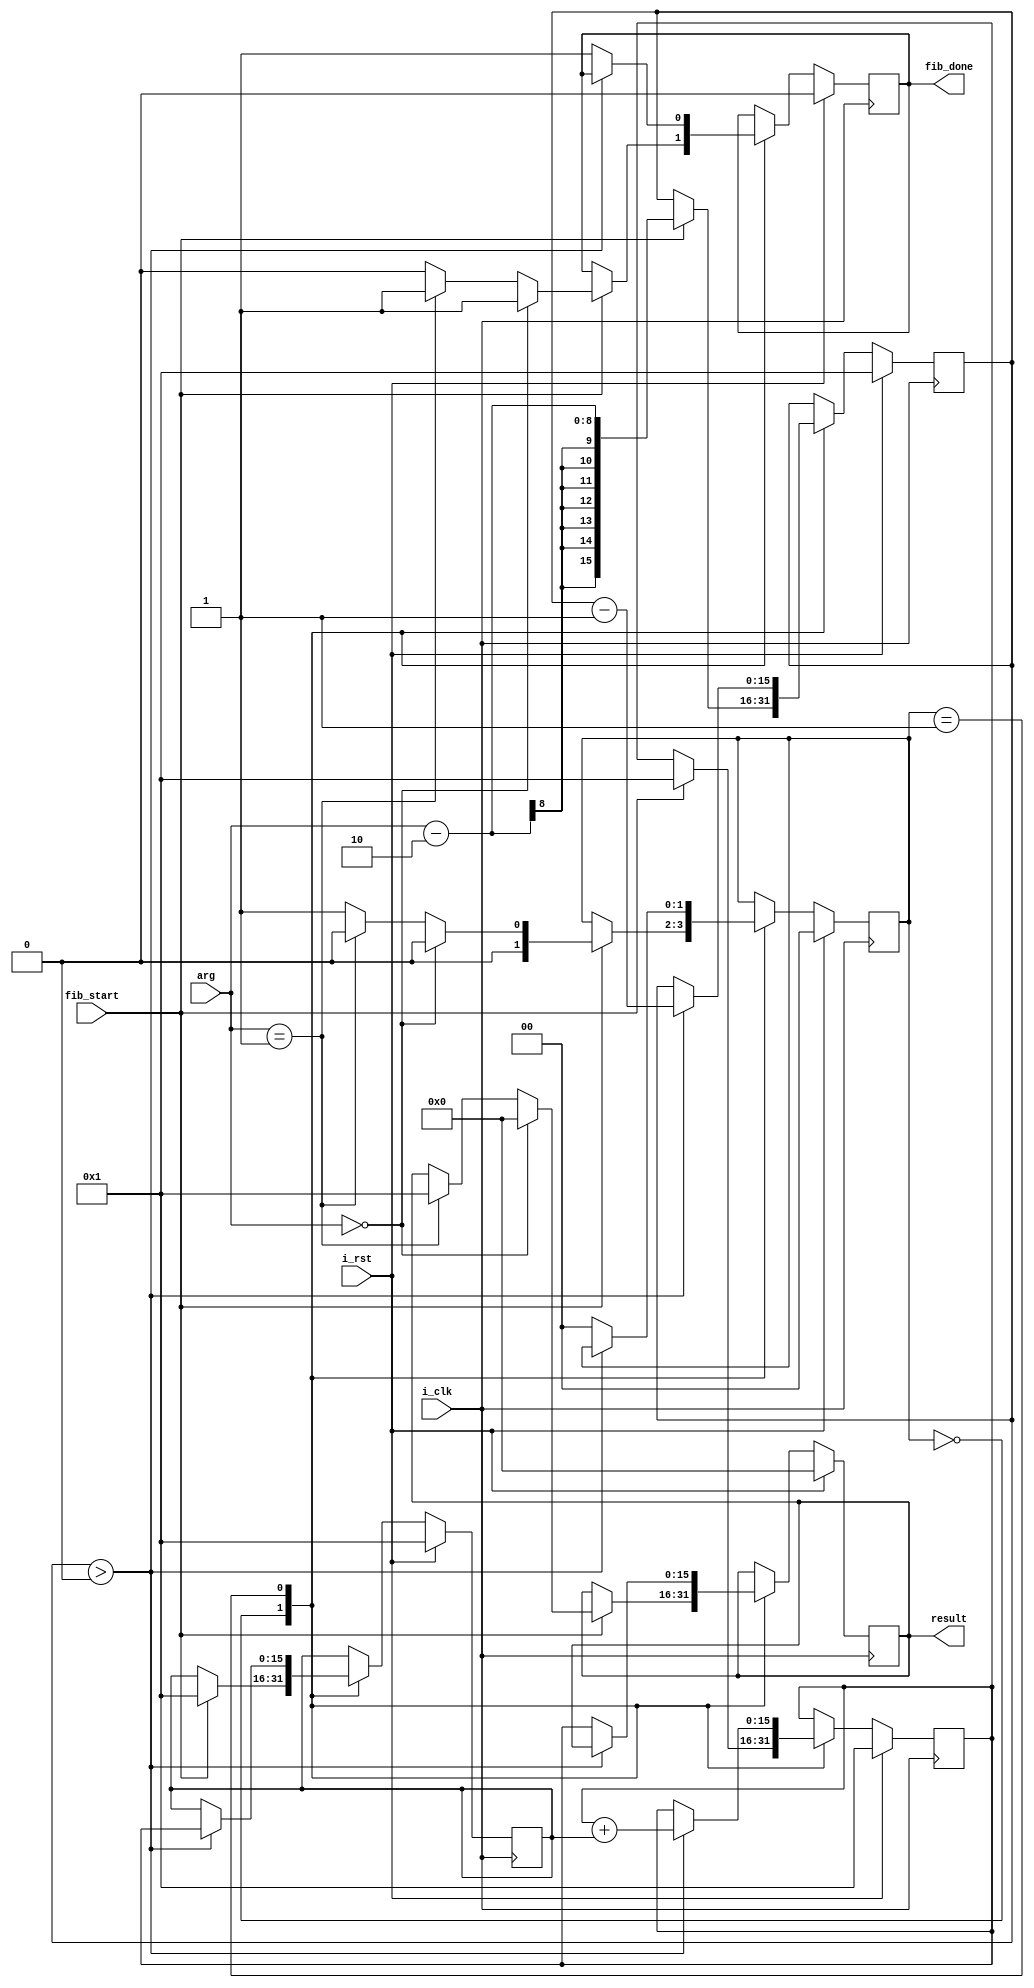
module fib (
	input wire i_clk,
	input wire i_rst,

	input wire fib_start,
	output reg fib_done,

	input wire [7:0] arg,
	output reg [15:0] result
);

	reg [15:0] fib_out;
	reg [15:0] fib_n_less1;

	reg [15:0] fib_cntr;

	reg [1:0] fib_state;

	localparam FIB_IDLE = 0, FIB_CALC = 1;

	always @(posedge i_clk) begin
		 if (i_rst) begin
			  fib_done  <= 1'b0;
			  fib_out <= 16'b1;
			  fib_n_less1 <= 16'b1;
			  fib_state <= FIB_IDLE;
			  fib_cntr <= 1'b1;
			  result <= 0;
		 end
		 else begin
			  case (fib_state)
					FIB_IDLE: begin
						 if (fib_start) begin
                            fib_done  <= 1'b0;
                            fib_out <= 16'b1;
                            fib_n_less1 <= 16'b1;
                            fib_state <= FIB_CALC;
                            fib_cntr <= arg - 2;
                            if (arg == 0) begin
                                fib_done <= 1;
                                result <= 0;
                                fib_state <= FIB_IDLE;
                            end
                            else if (arg == 1) begin
                                fib_done <= 1;
                                result <= 1;
                                fib_state <= FIB_IDLE;
                            end
						 end
					end
					FIB_CALC: begin
						if (fib_cntr > 0) begin
							fib_n_less1 <= fib_out;
							fib_out <= fib_out + fib_n_less1;
							fib_cntr <= fib_cntr - 1;
						end
						else begin
							fib_done <= 1;
							result <= fib_out;
							fib_state <= FIB_IDLE;
						end
					end
			  endcase
		 end
	end

endmodule